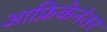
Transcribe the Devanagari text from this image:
आफ्रिकेनंतर